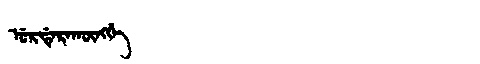
Manchu: ᡠᡵᡩᡝᡵᠠᡴᡡᠩᡤᡝ
Romanization: URDERAKŪNGGE